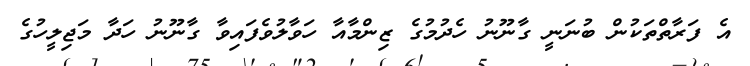
އެ ފަރާތްތަކުން ބުނަނީ ގާނޫނު ހެދުމުގެ ޒިންމާއާ ހަވާލުވެފައިވާ ގާނޫނު ހަދާ މަޖިލީހުގެ